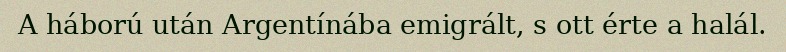
A háború után Argentínába emigrált, s ott érte a halál.